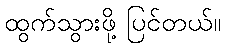
ထွက်သွားဖို့ ပြင်တယ်။